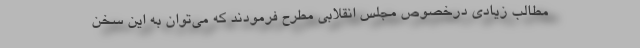
مطالب زیادی درخصوص مجلس انقلابی مطرح فرمودند که می‌توان به این سخن